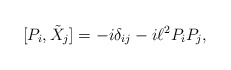
\begin{align*} [P_i, \tilde{X}_j] = - i \delta_{ij} - i \ell^2 P_i P_j,\end{align*}